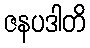
ဇနပဒါတိ